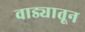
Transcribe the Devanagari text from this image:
वाड्यातून